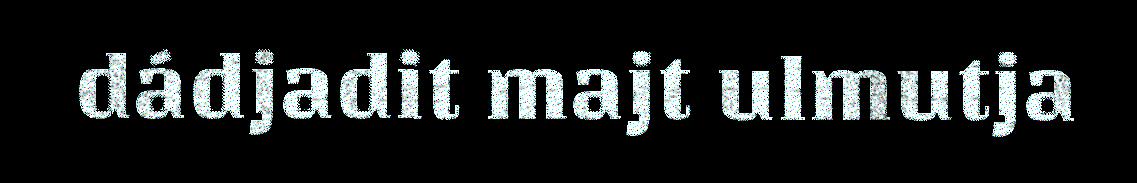
dádjadit majt ulmutja